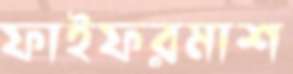
ফাইফরমাশ